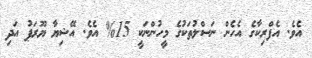
އެވެ. އެފްރިކާގެ އެހެން ނަސްލުތަކުގެ މީހުންނަކީ 15% އެވެ. އޭޝިޔާ ޔޫރަޕު އަދި